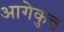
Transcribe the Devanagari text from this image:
आगेकुच